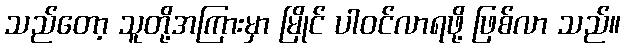
သည်တော့ သူတို့အကြားမှာ မြိုင် ပါဝင်လာရဖို့ ဖြစ်လာ သည်။